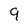
Character: 9